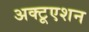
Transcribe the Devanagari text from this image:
अक्टूएशन